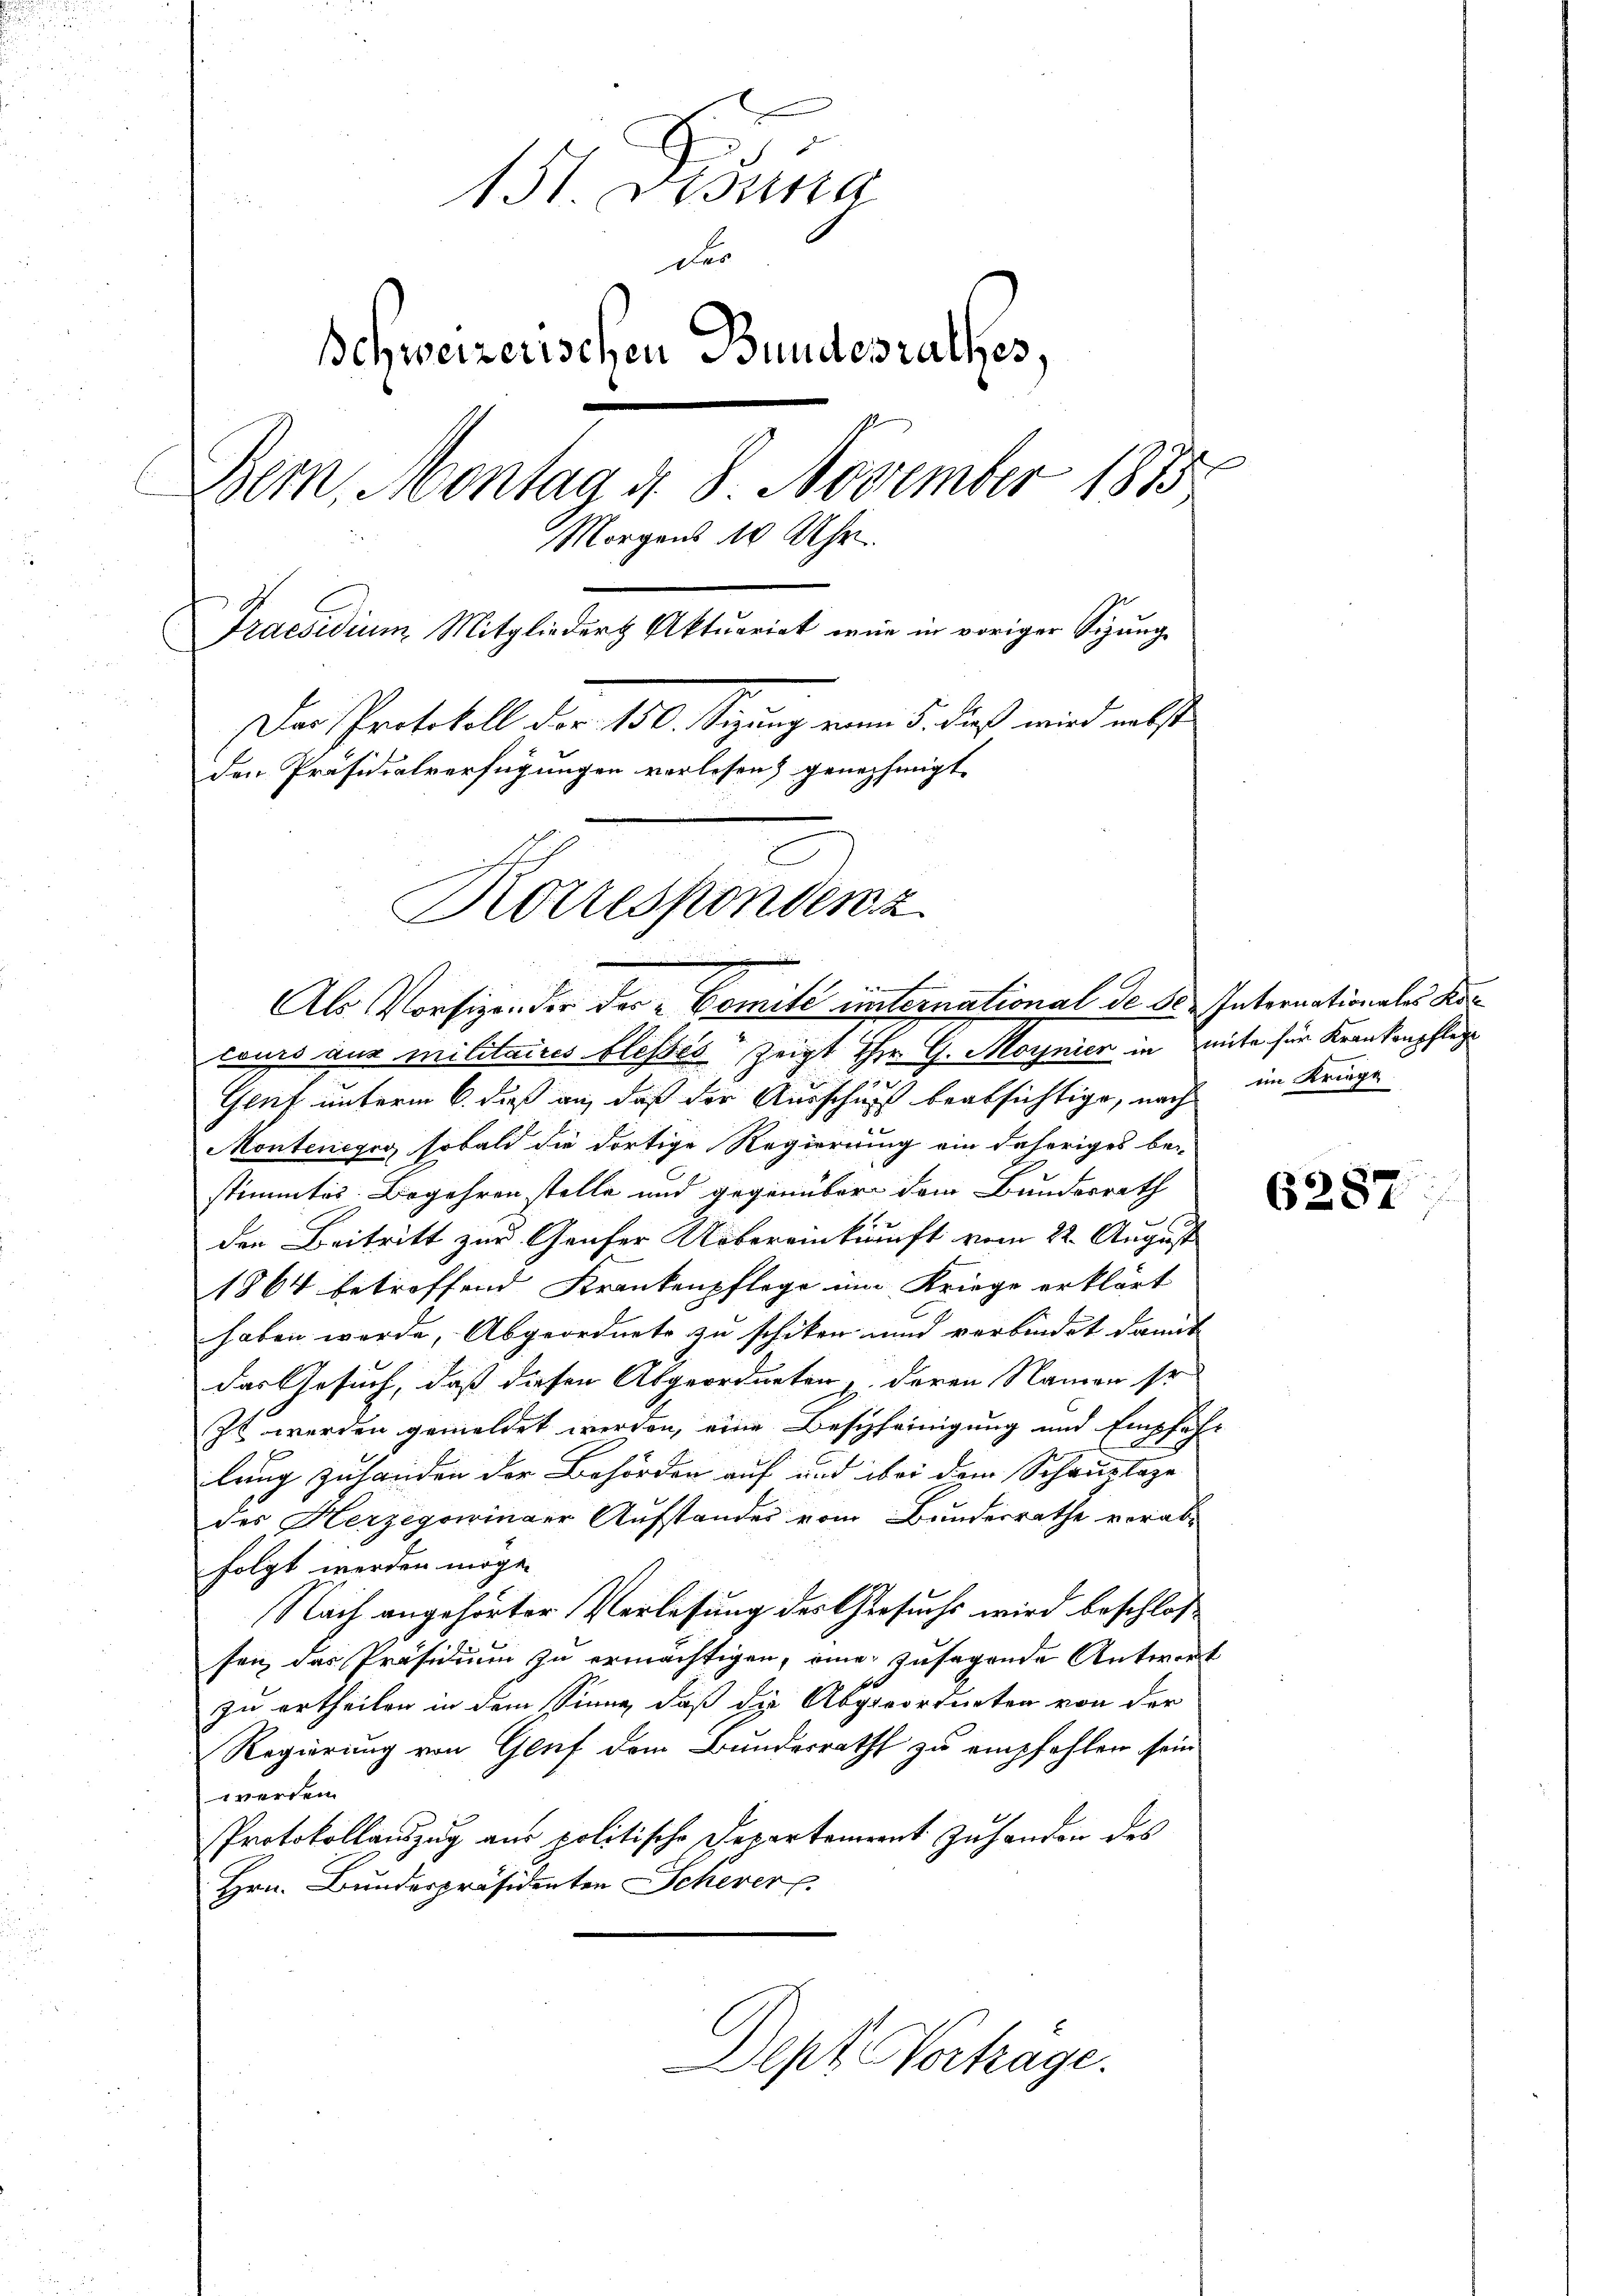
131. Decura
Der
Schweizerischen Bundesrathes,
.
Bern, Montag d. 8. November 1875
Morgens 10 Uhr
Praesidium Mitgliedert Aktuariat mir in voriger Sitzung
Der Protokoll der 150. Sizung vom 5. dieß wird nebst
den Präsidialverfügungen vorlesen) genehmigt.
Korrespondenz

Vie
Als Vorsizen der der Comite unternational de 30. Internationales Kan¬

cours aus militaires blessés zeigt Hr. G. Maynier in mite für Krankenpflege
Gent unterm 6. daß an, daß der Ausschuß beabsichtige, nach
Montenegig, sobald die dortige Regierung ein daheriges be-
stimmtes Begehren stelle und gegenüber dem Bundesrath

den Beitritt zur Genfer Uebereinkunft vom 22. August
1864 betreffend Krankenpflege um Kriege erklärt
haben werde, Abgeordnete zu schiken und verbindet damit
das Gesuch, daß diesen Abgeordneten, deren Namen so
zt werden gemeldet werden, eine Bescheinigung und Empfehl
lung zu handen der Behörden auf und bei dem Schauptage
des Herzegowinger Aufstandes vom Bundesrathe verabfolgt werden möge.
Nach angehörter Verlesung des Gesuchs wird beschlos
sen das Präsidium zu ermächtigen, eine zusagende Antwort
zu ertheilen in dem Sinne, daß die Abgeordneten von der
Regierung von Gluf dem Bundesrath zu empfehlen sein
werden.
Protokollauszug aus politische Departement zu handen des
Hrn. Bunderpräsidenten Schever
Dept. Vortrage.

im Kriege

6287.